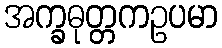
အက္ခဓုတ္တကဥပမာ